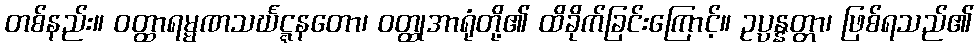
တစ်နည်း။ ဝတ္ထာရမ္မဏသင်္ဃဋ္ဋနတော၊ ဝတ္ထုအာရုံတို့၏ ထိခိုက်ခြင်းကြောင့်။ ဥပ္ပန္နတ္တာ၊ ဖြစ်ရသည်၏